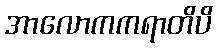
အာလောကကရာတိပိ